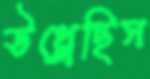
উথ্‌লেছিস